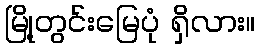
မြို့တွင်းမြေပုံ ရှိလား။